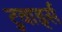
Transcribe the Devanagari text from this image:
टुवार्ड्स